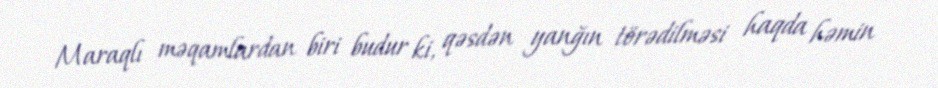
Maraqlı məqamlardan biri budur ki, qəsdən yanğın törədilməsi haqda həmin